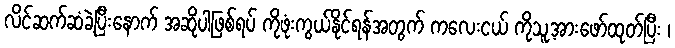
လိင်ဆက်ဆံခဲ့ပြီးနောက် အဆိုပါဖြစ်ရပ် ကိုဖုံးကွယ်နိုင်ရန်အတွက် ကလေးငယ် ကိုသူ့အားဖော်ထုတ်ပြီး ၊